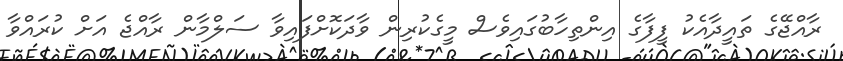
ރާއްޖޭގެ ތައީދާއެކު ފީފާގެ އިންތިހާބުގައިވެސް މީގެކުރިން ވާދަކޮށްފައިވާ ސަލްމާން ރާއްޖެ އަށް ކުރައްވާ